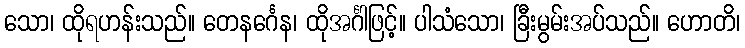
သော၊ ထိုရဟန်းသည်။ တေနင်္ဂေန၊ ထိုအင်္ဂါဖြင့်။ ပါသံသော၊ ခြီးမွမ်းအပ်သည်။ ဟောတိ၊